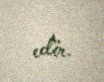
edir.